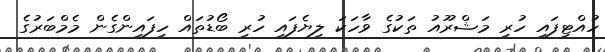
ހުއްޓިފައި ހުރި މަޝްރޫއު ތަކުގެ ވާހަކަ ލިޔެފައި ހުރި ބޯޑުތައް ހިފައިންގެން މެމްބަރުގެ